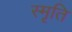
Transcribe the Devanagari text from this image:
स्मृ़ति